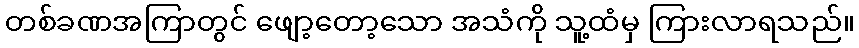
တစ်ခဏအကြာတွင် ဖျော့တော့သော အသံကို သူ့ထံမှ ကြားလာရသည်။